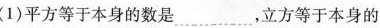
(1)平方等于本身的数是___，立方等于本身的